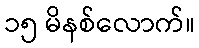
၁၅ မိနစ်လောက်။